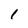
Character: 1